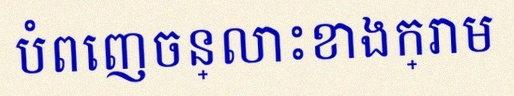
បំពេញចន្លោះខាងក្រោម